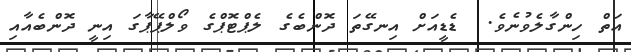
އަތް ހިންގާލެވުނެވެ.  ޑެޑީއަށް އިނގޭތަ ދޮންބެގެ ލެޕްޓޮޕްގެ ވޯލްޕޭޕާގަ އިނީ ދޮންބެއާއި